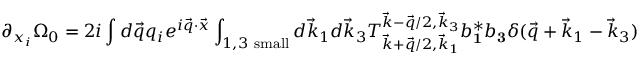
\partial _ { { x } _ { i } } \Omega _ { 0 } = 2 i \int d \vec { q } q _ { i } e ^ { i \vec { q } \cdot \vec { x } } \int _ { 1 , 3 \mathrm { ~ s m a l l } } d \vec { k } _ { 1 } d \vec { k } _ { 3 } T _ { \vec { k } + \vec { q } / 2 , \vec { k } _ { 1 } } ^ { \vec { k } - \vec { q } / 2 , \vec { k } _ { 3 } } b _ { \mathbf 1 } ^ { * } b _ { \mathbf 3 } \delta ( \vec { q } + \vec { k } _ { 1 } - \vec { k } _ { 3 } )